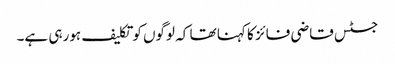
جسٹس قاضی فائز کا کہنا تھا کہ لوگوں کوتکلیف ہورہی ہے۔